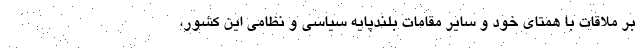
بر ملاقات با همتای خود و سایر مقامات بلندپایه سیاسی و نظامی این کشور،